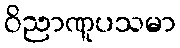
ဝိညာဏူပသမာ